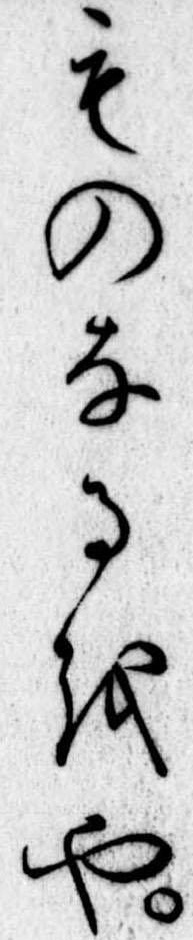
ものなるをや